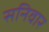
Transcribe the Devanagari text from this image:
सनिवार